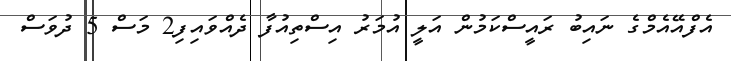
އެފްއޭއެމްގެ ނައިބު ރައީސްކަމުން އަލީ އުމަރު އިސްތިއުފާ ދެއްވައިފި2 މަސް 5 ދުވަސް